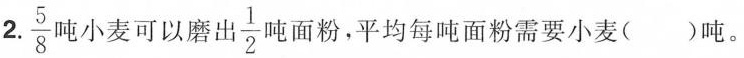
2. \frac{5}{8}屯小麦可以磨出\frac{1}{2}吨面粉，平均每吨面粉需要小麦()吨。